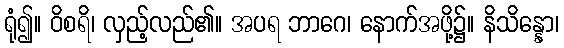
ရုံ၍။ ဝိစရိ၊ လှည့်လည်၏။ အပရ ဘာဂေ၊ နောက်အဖို့၌။ နိသိန္နော၊